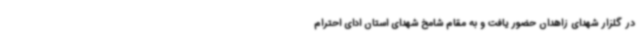
در گلزار شهدای زاهدان حضور یافت و به مقام شامخ شهدای استان ادای احترام